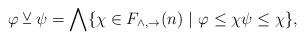
LaTeX: \begin{align*} \varphi \veebar \psi = \bigwedge \{ \chi \in F_{\wedge,\to}(n) \ | \ \varphi \leq \chi \psi \leq \chi \},\end{align*}